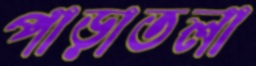
পাড়াতলা